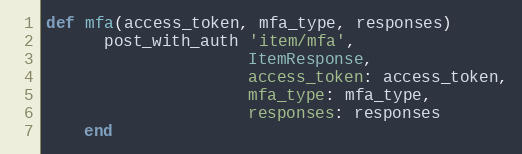
Language: Ruby
def mfa(access_token, mfa_type, responses)
      post_with_auth 'item/mfa',
                     ItemResponse,
                     access_token: access_token,
                     mfa_type: mfa_type,
                     responses: responses
    end